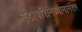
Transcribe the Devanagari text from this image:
महापरिनिब्बानानंतर